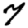
Digit: 7